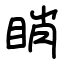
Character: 睄